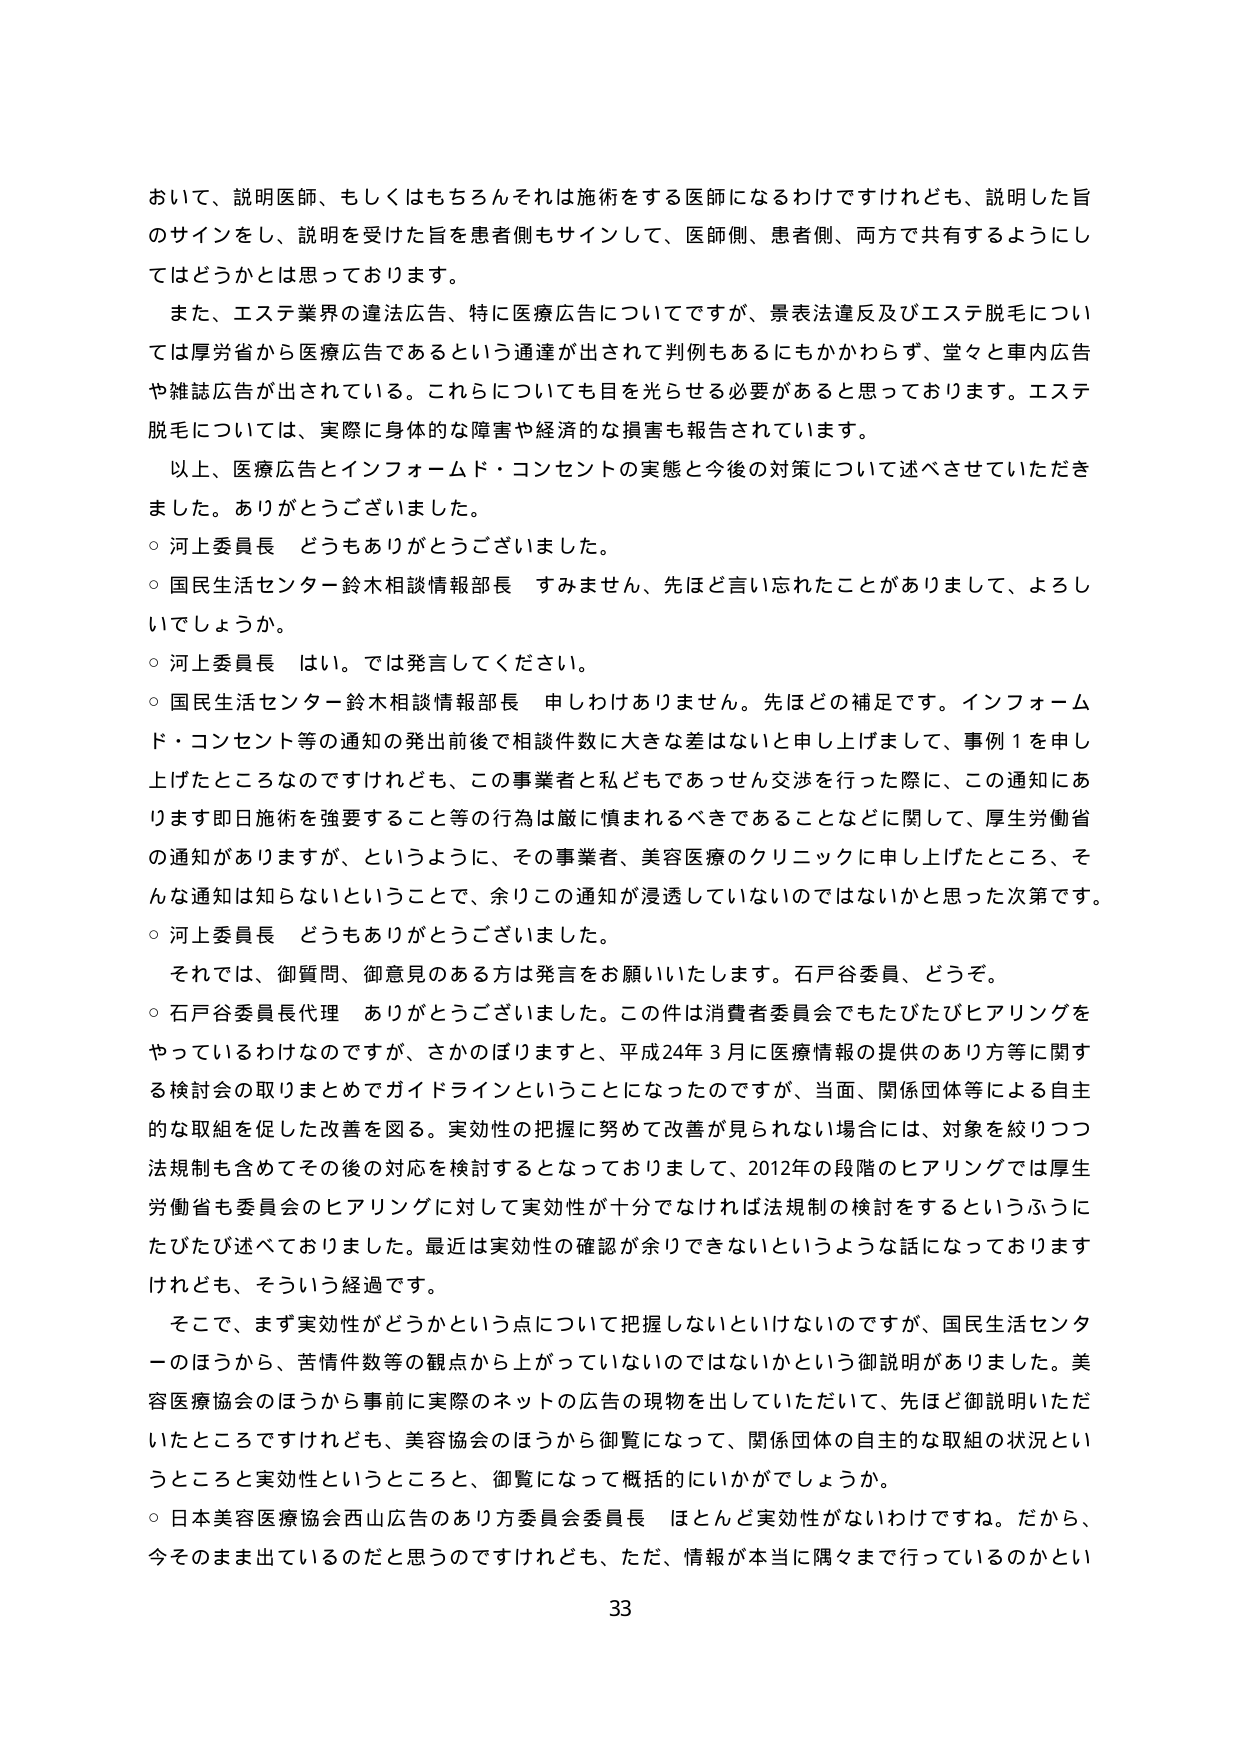
おいて、説明医師、もしくはもちろんそれは施術をする医師になるわけですけれども、説明した旨のサインをし、説明を受けた旨を患者側もサインして、医師側、患者側、両方で共有するようにしてはどうかとは思っております。

また、エステ業界の違法広告、特に医療広告についてですが、景表法違反及びエステ脱毛については厚労省から医療広告であるという通達が出されて判例もあるにもかかわらず、堂々と車内広告や雑誌広告が出されている。これらについても目を光らせる必要があると思っております。エステ脱毛については、実際に身体的な障害や経済的な損害も報告されています。

以上、医療広告とインフォームド・コンセントの実態と今後の対策について述べさせていただきました。ありがとうございました。

○ 河上委員長 どうもありがとうございました。

○ 国民生活センター鈴木相談情報部長 すみません、先ほど言い忘れたことがありまして、よろしいでしょうか。

○ 河上委員長 はい。では発言してください。

○ 国民生活センター鈴木相談情報部長 申しわけありません。先ほどの補足です。インフォームド・コンセント等の通知の発出前後で相談件数に大きな差はないと申し上げまして、事例１を申し上げたところなのですが、この事業者と私どもであっせん交渉を行った際に、この通知にあります即日施術を強要すること等の行為は厳に慎まれるべきであることなどに関して、厚生労働省の通知がありますが、というように、その事業者、美容医療のクリニックに申し上げたところ、そんな通知は知らないということで、余りこの通知が浸透していないのではないかと思った次第です。

○ 河上委員長 どうもありがとうございました。

それでは、御質問、御意見のある方は発言をお願いいたします。石戸谷委員、どうぞ。

○ 石戸谷委員長代理 ありがとうございました。この件は消費者委員会でもたびたびヒアリングをやっているわけなのですが、さかのぼりますと、平成24年３月に医療情報の提供のあり方等に関する検討会の取りまとめでガイドラインということになったのですが、当面、関係団体等による自主的な取組を促した改善を図る。実効性の把握に努めて改善が見られない場合には、対象を絞りつつ法規制も含めてその後の対応を検討するとなっておりまして、2012年の段階のヒアリングでは厚生労働省も委員会のヒアリングに対して実効性が十分でなければ法規制の検討をするというふうにたびたび述べておりました。最近は実効性の確認が余りできないというような話になっておりますけれども、そういう経過です。

そこで、まず実効性がどうかという点について把握しないといけないのですが、国民生活センターのほうから、苦情件数等の観点から上がっていないのではないかという御説明がありました。美容医療協会のほうから事前に実際のネットの広告の現物を出していただいて、先ほど御説明いただいたところですけれども、美容協会のほうから御覧になって、関係団体の自主的な取組の状況というところと実効性というところと、御覧になって概括的にいかがでしょうか。

○ 日本美容医療協会西山広告のあり方委員会委員長 ほとんど実効性がないわけですね。だから、今そのまま出しているのだと思うのですけれども、ただ、情報が本当に隅々まで行っているのかとい

33